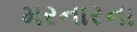
મરનારના